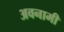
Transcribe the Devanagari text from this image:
अवनामी